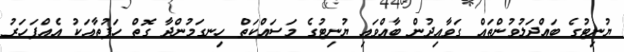
ޔުނިޓުގެ ބައްދަލުވުންތައް ގަވާއިދުން ބާއްވައި ޔުނިޓުގެ މަސައްކަތް ހިނގަމުންދާ ގޮތް ހަފުތާއަކު އެއްފަހަރު